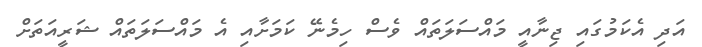
އަދި އެކަމުގައި ޖިނާއީ މައްސަލަތައް ވެސް ހިމެނޭ ކަމަށާއި އެ މައްސަލަތައް ޝަރީއަތަށް